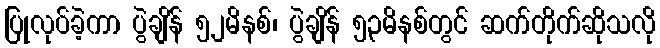
ပြုလုပ်ခဲ့ကာ ပွဲချိန် ၅၂မိနစ်၊ ပွဲချိန် ၅၃မိနစ်တွင် ဆက်တိုက်ဆိုသလို